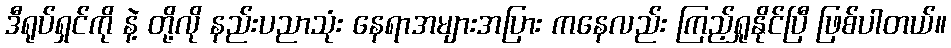
ဒီရုပ်ရှင်ကို နဲ့ တို့လို နည်းပညာသုံး နေရာအများအပြား ကနေလည်း ကြည့်ရှုနိုင်ပြီ ဖြစ်ပါတယ်။